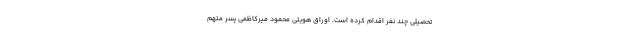
تحصیلی چند نفر اقدام کرده است. اوراق هویتی محمود میرکاظمی پسر متهم